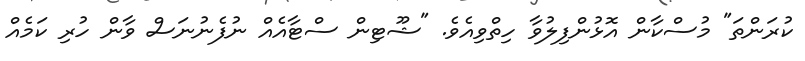
ކުރަންތަ" މުސްކާން އޮޅުންފިލުވާ ހިތްވިއެވެ. "ޝޫޓިން ސްޓާއެއް ނުފެނުނަސް ވާން ހުރި ކަމެއް